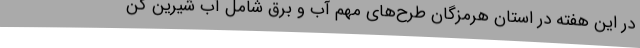
در این هفته‌ در استان هرمزگان طرح‌های مهم آب و برق شامل آب شیرین کن